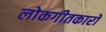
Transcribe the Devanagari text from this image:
लोकगीतकारों